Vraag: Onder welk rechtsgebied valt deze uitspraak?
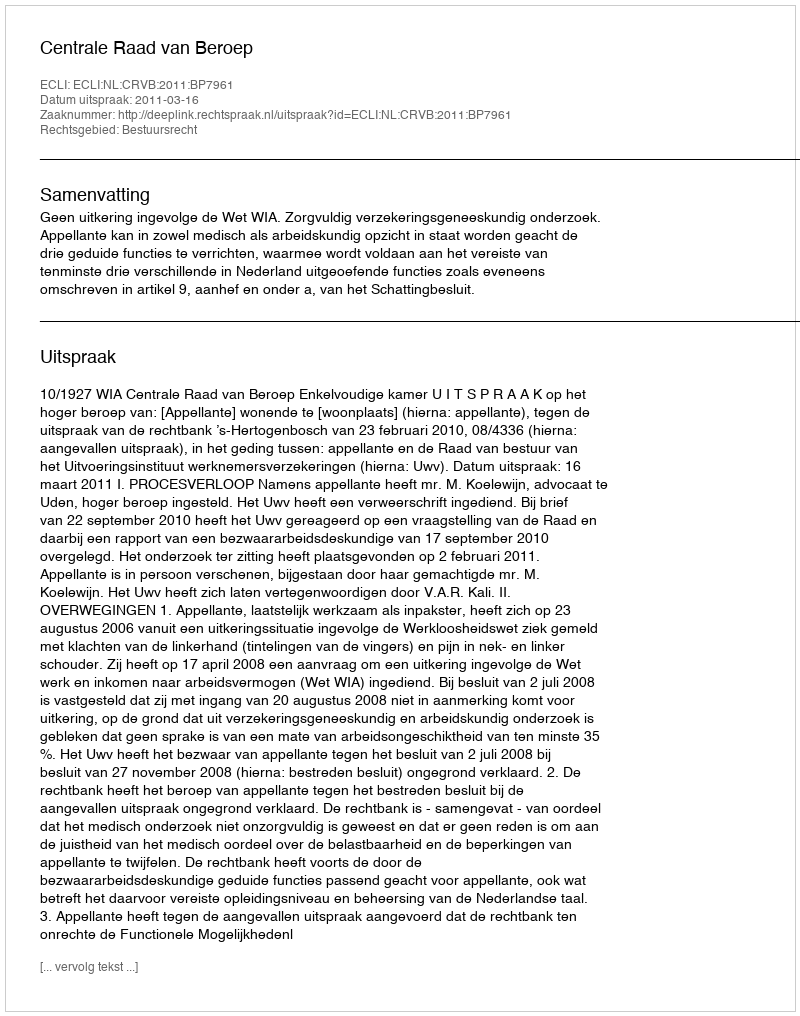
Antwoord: Bestuursrecht